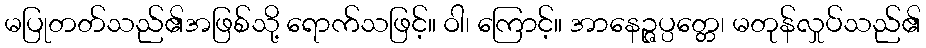
မပြုတတ်သည်၏အဖြစ်သို့ ရောက်သဖြင့်။ ဝါ၊ ကြောင့်။ အာနေဉ္ဇပ္ပတ္တေ၊ မတုန်လှုပ်သည်၏